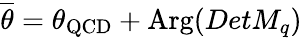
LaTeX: \overline{{{\theta}}}=\theta_{\mathrm{QCD}}+\mathrm{Arg}(DetM_{q})